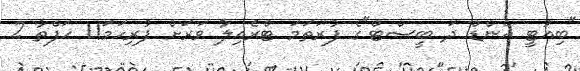
"ބިއުޓީ އެންޑް ދަ ބީސްޓް"ގެ ފުރަތަމަ ޓްރެއިލާ ވަރަށް ފުރިހަމަ!1 ހަފްތާ 2